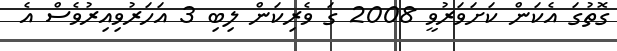
ގޮތުގަ އެކަން ކަށަވަރުވީ 2008 ގަ ވެރިކަން ލިބި 3 އަހަރުވިއިރުވެސް އެ